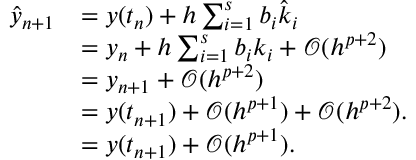
\begin{array} { r l } { \hat { y } _ { n + 1 } } & { = y ( t _ { n } ) + h \sum _ { i = 1 } ^ { s } b _ { i } \hat { k } _ { i } } \\ & { = y _ { n } + h \sum _ { i = 1 } ^ { s } b _ { i } k _ { i } + \mathcal O ( h ^ { p + 2 } ) } \\ & { = y _ { n + 1 } + \mathcal O ( h ^ { p + 2 } ) } \\ & { = y ( t _ { n + 1 } ) + \mathcal O ( h ^ { p + 1 } ) + \mathcal O ( h ^ { p + 2 } ) . } \\ & { = y ( t _ { n + 1 } ) + \mathcal O ( h ^ { p + 1 } ) . } \end{array}